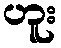
ဟူး